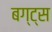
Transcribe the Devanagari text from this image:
बग्ट्स